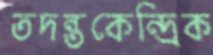
তদন্তকেন্দ্রিক